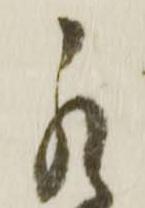
罷